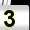
Digit: 3